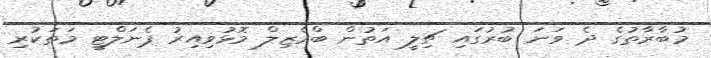
މުބާރާތުގެ ދެ ވަނަ ބުރުގައި ޗިލީ އަތުން ބްރެޒިލް މޮޅުވިއިރު ޕެނަލްޓީ މަތަކުރި